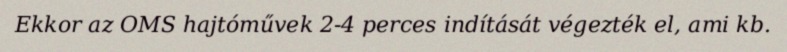
Ekkor az OMS hajtóművek 2-4 perces indítását végezték el, ami kb.